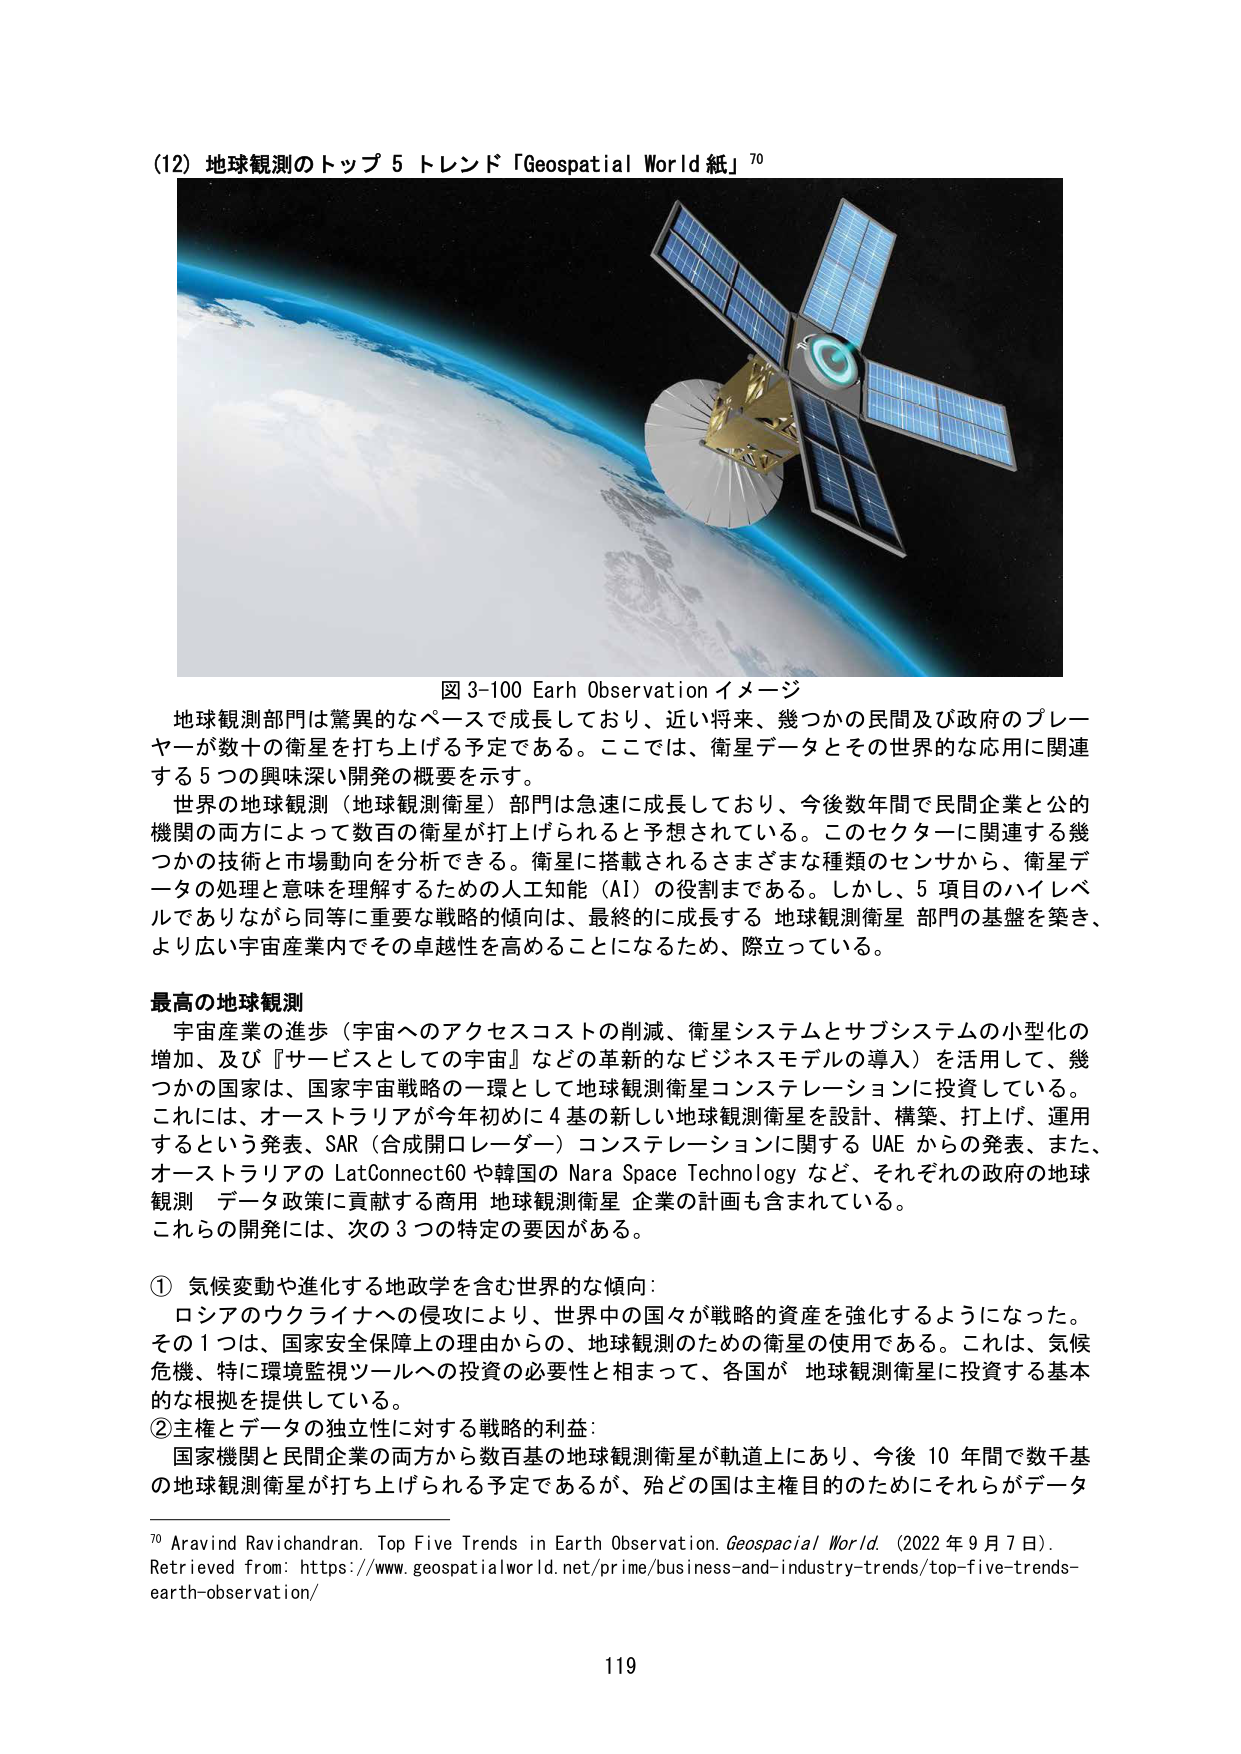
(12) 地球観測のトップ 5 トレンド「Geospatial World 紙」⁷⁰

図 3-100 Earth Observation イメージ

地球観測部門は驚異的なペースで成長しており、近い将来、幾つかの民間及び政府のプレーヤーが数十の衛星を打ち上げる予定である。ここでは、衛星データとその世界的な応用に関連する 5 つの興味深い開発の概要を示す。

世界の地球観測（地球観測衛星）部門は急速に成長しており、今後数年間で民間企業と公的機関の両方によって数百の衛星が打上げられると予想されている。このセクターに関連する幾つかの技術と市場動向を分析できる。衛星に搭載されるさまざまな種類のセンサから、衛星データの処理と意味を理解するための人工知能（AI）の役割まである。しかし、5 項目のハイレベルでありながら同等に重要な戦略的傾向は、最終的に成長する 地球観測衛星 部門の基盤を築き、より広い宇宙産業内でその卓越性を高めることになるため、際立っている。

最高の地球観測

宇宙産業の進歩（宇宙へのアクセスコストの削減、衛星システムとサブシステムの小型化の増加、及び『サービスとしての宇宙』などの革新的なビジネスモデルの導入）を活用して、幾つかの国家は、国家宇宙戦略の一環として地球観測衛星コンステレーションに投資している。これには、オーストラリアが今年初めに 4 基の新しい地球観測衛星を設計、構築、打上げ、運用するという発表、SAR（合成開口レーダー）コンステレーションに関する UAE からの発表、また、オーストラリアの LatConnect60 や韓国の Nara Space Technology など、それぞれの政府の地球観測 データ政策に貢献する商用 地球観測衛星 企業の計画も含まれている。これらの開発には、次の 3 つの特定の要因がある。

① 気候変動や進化する地政学を含む世界的な傾向：

ロシアのウクライナへの侵攻により、世界中の国々が戦略的資産を強化するようになった。その 1 つは、国家安全保障上の理由からの、地球観測のための衛星の使用である。これは、気候危機、特に環境監視ツールへの投資の必要性と相まって、各国が 地球観測衛星に投資する基本的な根拠を提供している。

② 主権とデータの独立性に対する戦略的利益：

国家機関と民間企業の両方から数百基の地球観測衛星が軌道上にあり、今後 10 年間で数千基の地球観測衛星が打ち上げられる予定であるが、殆どの国は主権目的のためにそれらがデータ

⁷⁰ Aravind Ravichandran. Top Five Trends in Earth Observation. Geospatial World. (2022 年 9 月 7 日). Retrieved from: https://www.geospatialworld.net/prime/business-and-industry-trends/top-five-trends-earth-observation/

119